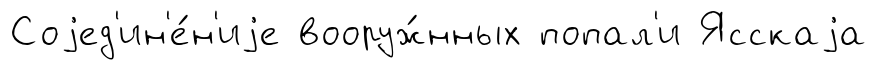
Соjед'ин'е́н'иjе вооруж́нных попал'и Ясскаjа